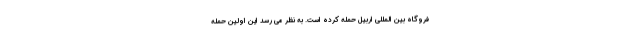
فروگاه بین المللی اربیل حمله کرده است. به نظر می رسد این اولین حمله